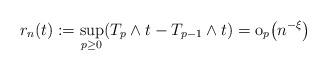
LaTeX: \begin{align*} r_n(t):=\sup_{p\geq0}(T_p\wedge t-T_{p-1}\wedge t)=\mathrm{o}_p\bigl(n^{-\xi}\bigr)\end{align*}